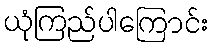
ယုံကြည်ပါကြောင်း